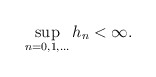
\begin{align*}\sup_{n=0,1,\dots} h_n < \infty.\end{align*}